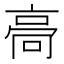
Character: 䯧